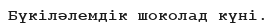
Бүкiләлемдiк шоколад күнi.